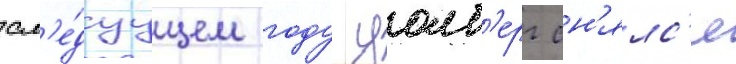
сл'е́дуущем году уолб'ерг сн'ялс'я